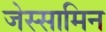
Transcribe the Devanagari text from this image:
जेस्सामिन